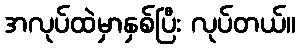
အလုပ်ထဲမှာနှစ်ပြီး လုပ်တယ်။